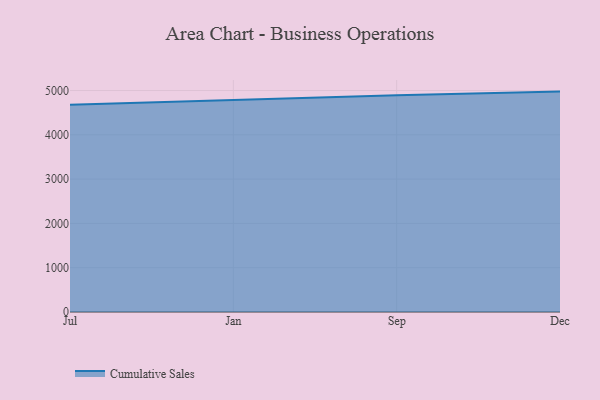
{"axis": {"x": "Month", "y": "Population (Million)"}, "legend": ["Cumulative Sales"], "data": [{"x": "Jul", "y": 4680.6, "type": "Cumulative Sales"}, {"x": "Jan", "y": 4786.5, "type": "Cumulative Sales"}, {"x": "Sep", "y": 4893.1, "type": "Cumulative Sales"}, {"x": "Dec", "y": 4975.7, "type": "Cumulative Sales"}]}